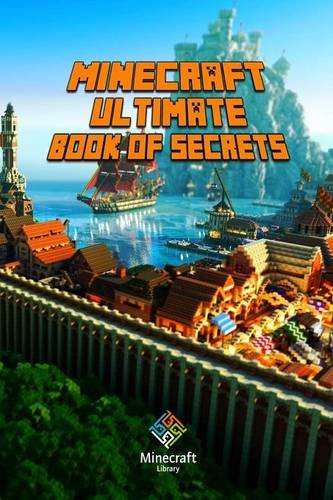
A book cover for Minecraft: Ultimate Book of Secrets: Unbelievable Minecraft Secrets You Coudn't Imagine Before!; Minecraft Books; Humor & Entertainment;